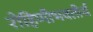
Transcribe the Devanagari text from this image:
रोहिणीभवतीर्थ